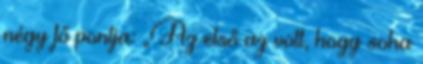
négy fő pontja: „Az első az volt, hogy soha